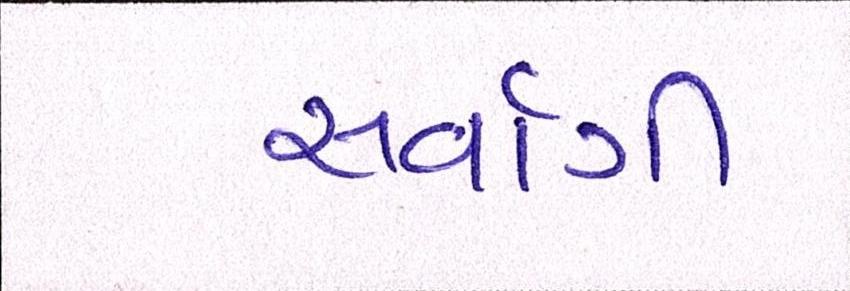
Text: સર્વાગી